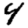
Digit: 4